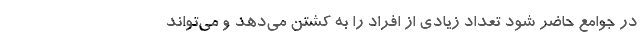
در جوامع حاضر شود تعداد زیادی از افراد را به کشتن می‌دهد و می‌تواند